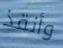
وأنقذ